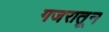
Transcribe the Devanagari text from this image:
गजरातून